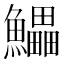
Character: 𱇄